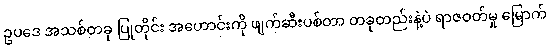
ဥပဒေ အသစ်တခု ပြုတိုင်း အဟောင်းကို ဖျက်ဆီးပစ်တာ တခုတည်းနဲ့ပဲ ရာဇဝတ်မှု မြောက်